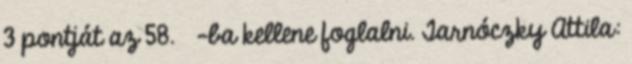
3 pontját az 58. §-ba kellene foglalni. Tarnóczky Attila: